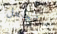
سنجعل